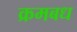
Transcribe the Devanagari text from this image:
क्रमबध